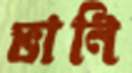
ভানি